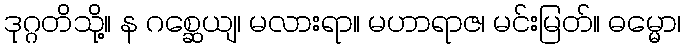
ဒုဂ္ဂတိသို့။ န ဂစ္ဆေယျ၊ မလားရာ။ မဟာရာဇ၊ မင်းမြတ်။ ဓမ္မော၊